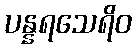
ပန္နရသေရိဝ